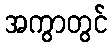
အကွာတွင်